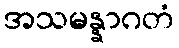
အသမန္နာဂတံ